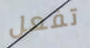
تفعل